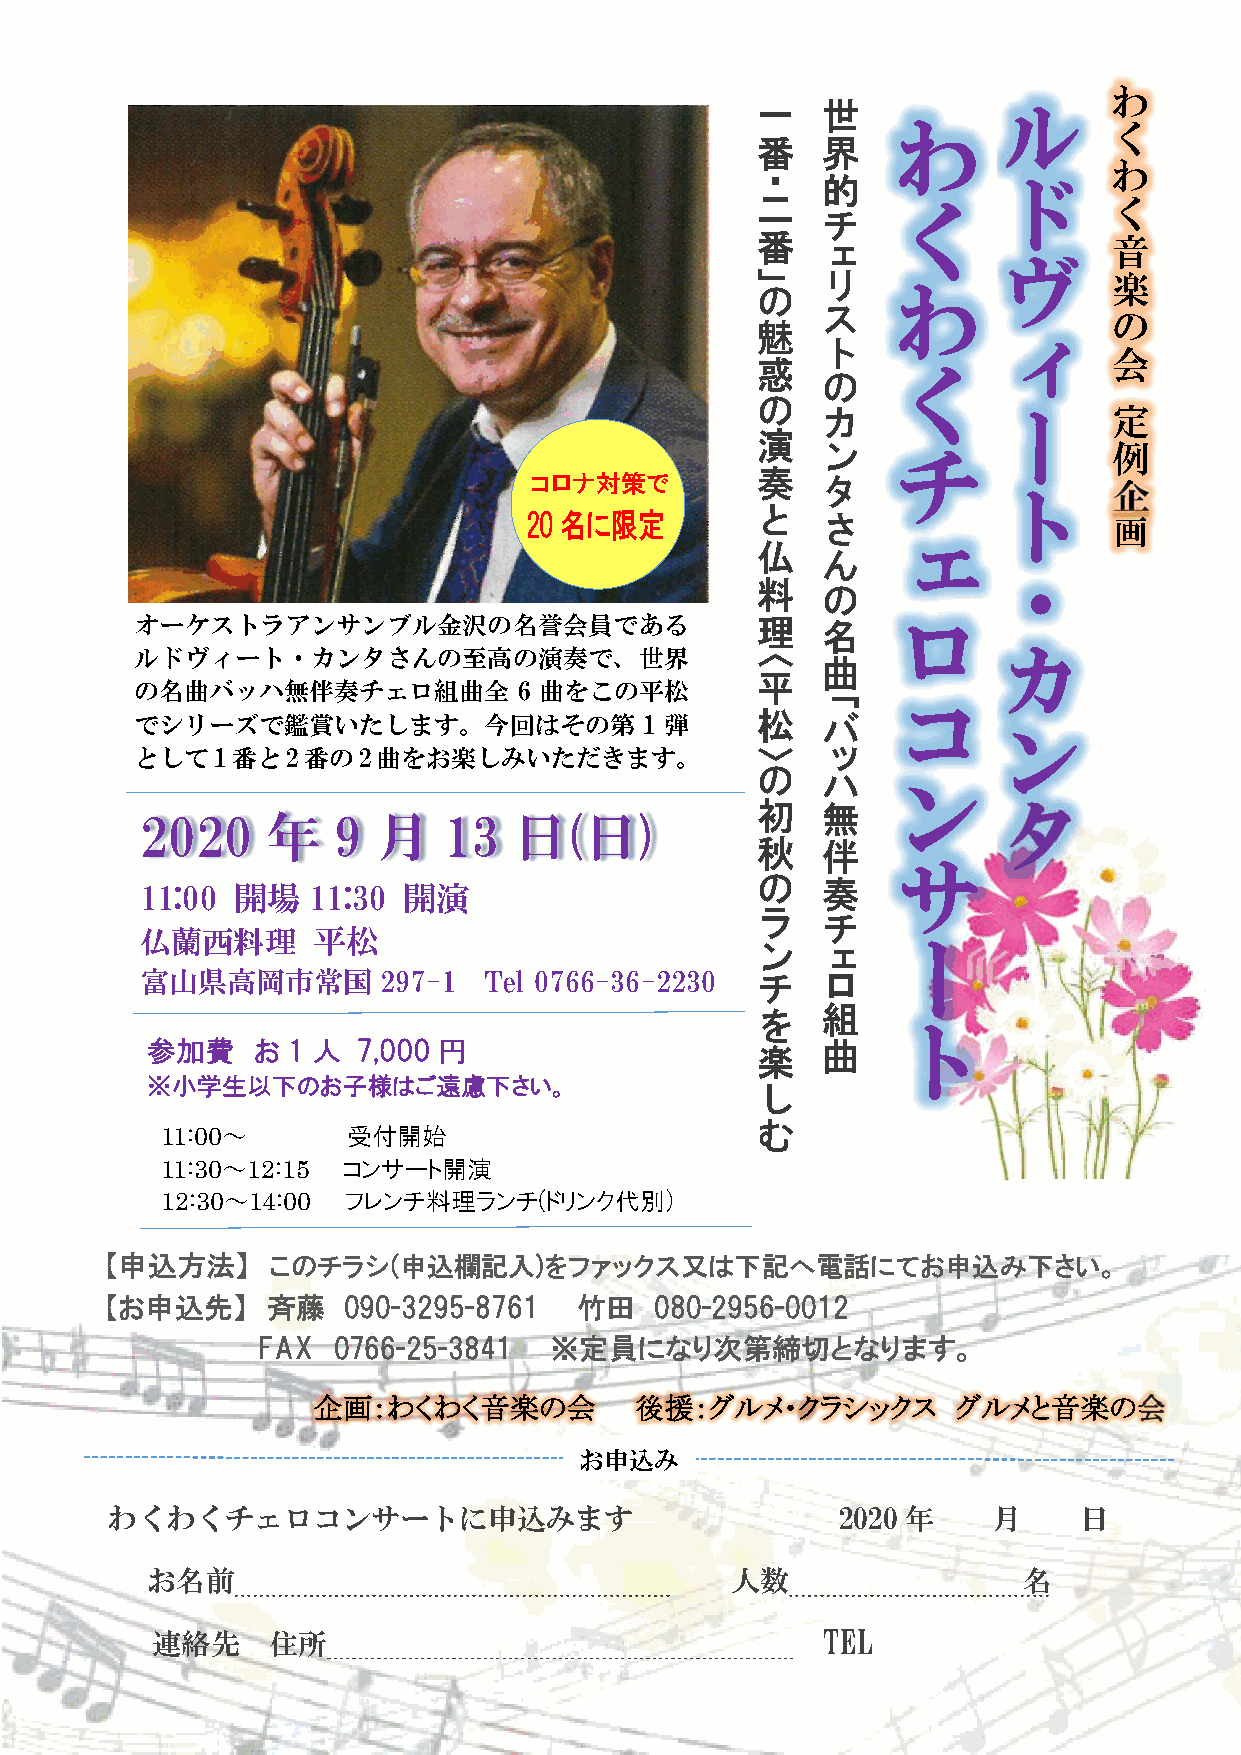
わ
 ル
 一   世
 わ
 く
 番   界
 わ
 ド
 ・   的
 二        く              く
 チ
 番                       音
 ェ           ヴ
 」   リ    わ              楽
 の
 ス                   の
 魅               ィ
 ト                   会
 惑        く
 の
 の               ー       定
 カ
 演
 ン    チ              例
 コロナ対策で         奏   タ           ト       企
 20名に限定         と   さ    ェ              画
 仏
 ん           ・
 料
 の
 ロ
 オーケストラアンサンブル金沢の名誉会員である                   理   名
 カ
 ルドヴィート・カンタさんの至高の演奏で、世界                   〈   曲
 平
 の名曲バッハ無伴奏チェロ組曲全          6 曲をこの平松                 コ
 「
 でシリーズで鑑賞いたします。今回はその第              1 弾    松   バ           ン
 として1番と2番の2曲をお楽しみいただきます。                  〉   ッ
 の        ン
 ハ
 タ
 初   無
 2020     年   9  月   13   日(日)
 秋   伴
 サ
 11:00 開場   11:30  開演                     の   奏
 ラ
 チ
 仏蘭西料理       平松                                    ー
 ン
 ェ
 富山県高岡市常国        297-1  Tel 0766-36-2230  チ   ロ
 を   組    ト
 参加費    お 1 人  7,000 円                   楽   曲
 ※小学生以下のお子様はご遠慮下さい。
 し
 む
 11:00～      受付開始
 11:30～12:15 コンサート開演
 12:30～14:00 フレンチ料理ランチ(ドリンク代別)
 【申込方法】     このチラシ(申込欄記入)をファックス又は下記へ電話にてお申込み下さい。
 【お申込先】     斉藤   090-3295-8761  竹田   080-2956-0012
 FAX  0766-25-3841  ※定員になり次第締切となります。
 企画：わくわく音楽の会          後援：グルメ・クラシックス        グルメと音楽の会
 お申込み
 わくわくチェロコンサートに申込みます                               2020 年    月    日
 お名前                                   人数                  名
 連絡先     住所                                  TEL